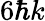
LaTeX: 6\hbar k